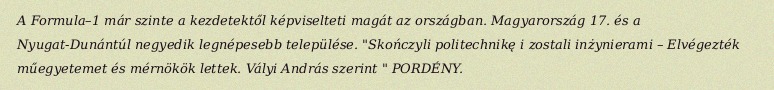
A Formula–1 már szinte a kezdetektől képviselteti magát az országban. Magyarország 17. és a Nyugat-Dunántúl negyedik legnépesebb települése. "Skończyli politechnikę i zostali inżynierami – Elvégezték műegyetemet és mérnökök lettek. Vályi András szerint " PORDÉNY.